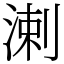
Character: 溂